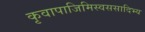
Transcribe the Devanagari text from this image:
कृवापाजिमिस्वससादिभ्य